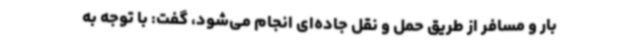
بار و مسافر از طریق حمل و نقل جاده‌ای انجام می‌شود، گفت: با توجه به